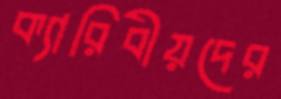
ক্যারিবীয়দের